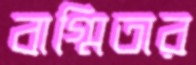
বাগ্মিতার